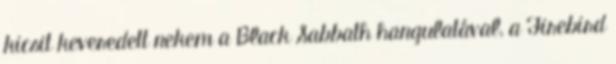
kicsit keveredett nekem a Black Sabbath hangulatával, a Firebird